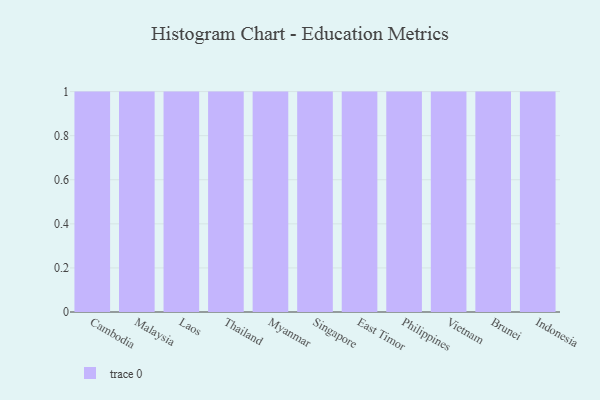
{"axis": {"x": "Country", "y": "LTV (USD)"}, "legend": [""], "data": [{"x": "Cambodia", "y": 86, "type": ""}, {"x": "Malaysia", "y": 60, "type": ""}, {"x": "Laos", "y": 16, "type": ""}, {"x": "Thailand", "y": 62, "type": ""}, {"x": "Myanmar", "y": 47, "type": ""}, {"x": "Singapore", "y": 64, "type": ""}, {"x": "East Timor", "y": 65, "type": ""}, {"x": "Philippines", "y": 46, "type": ""}, {"x": "Vietnam", "y": 8, "type": ""}, {"x": "Brunei", "y": 61, "type": ""}, {"x": "Indonesia", "y": 80, "type": ""}]}